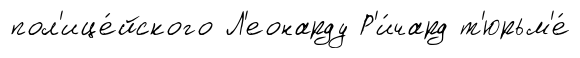
пол'ице́йского Л'еонарду Р'и́чард т'юрьм'е́